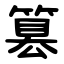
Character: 篡